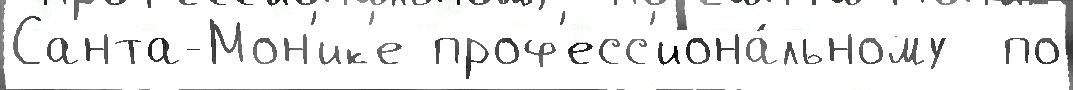
Санта-Мон'ик'е проф'есс'иона́льному  по